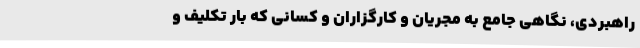
راهبردی، نگاهی جامع به مجریان و کارگزاران و کسانی که بار تکلیف و